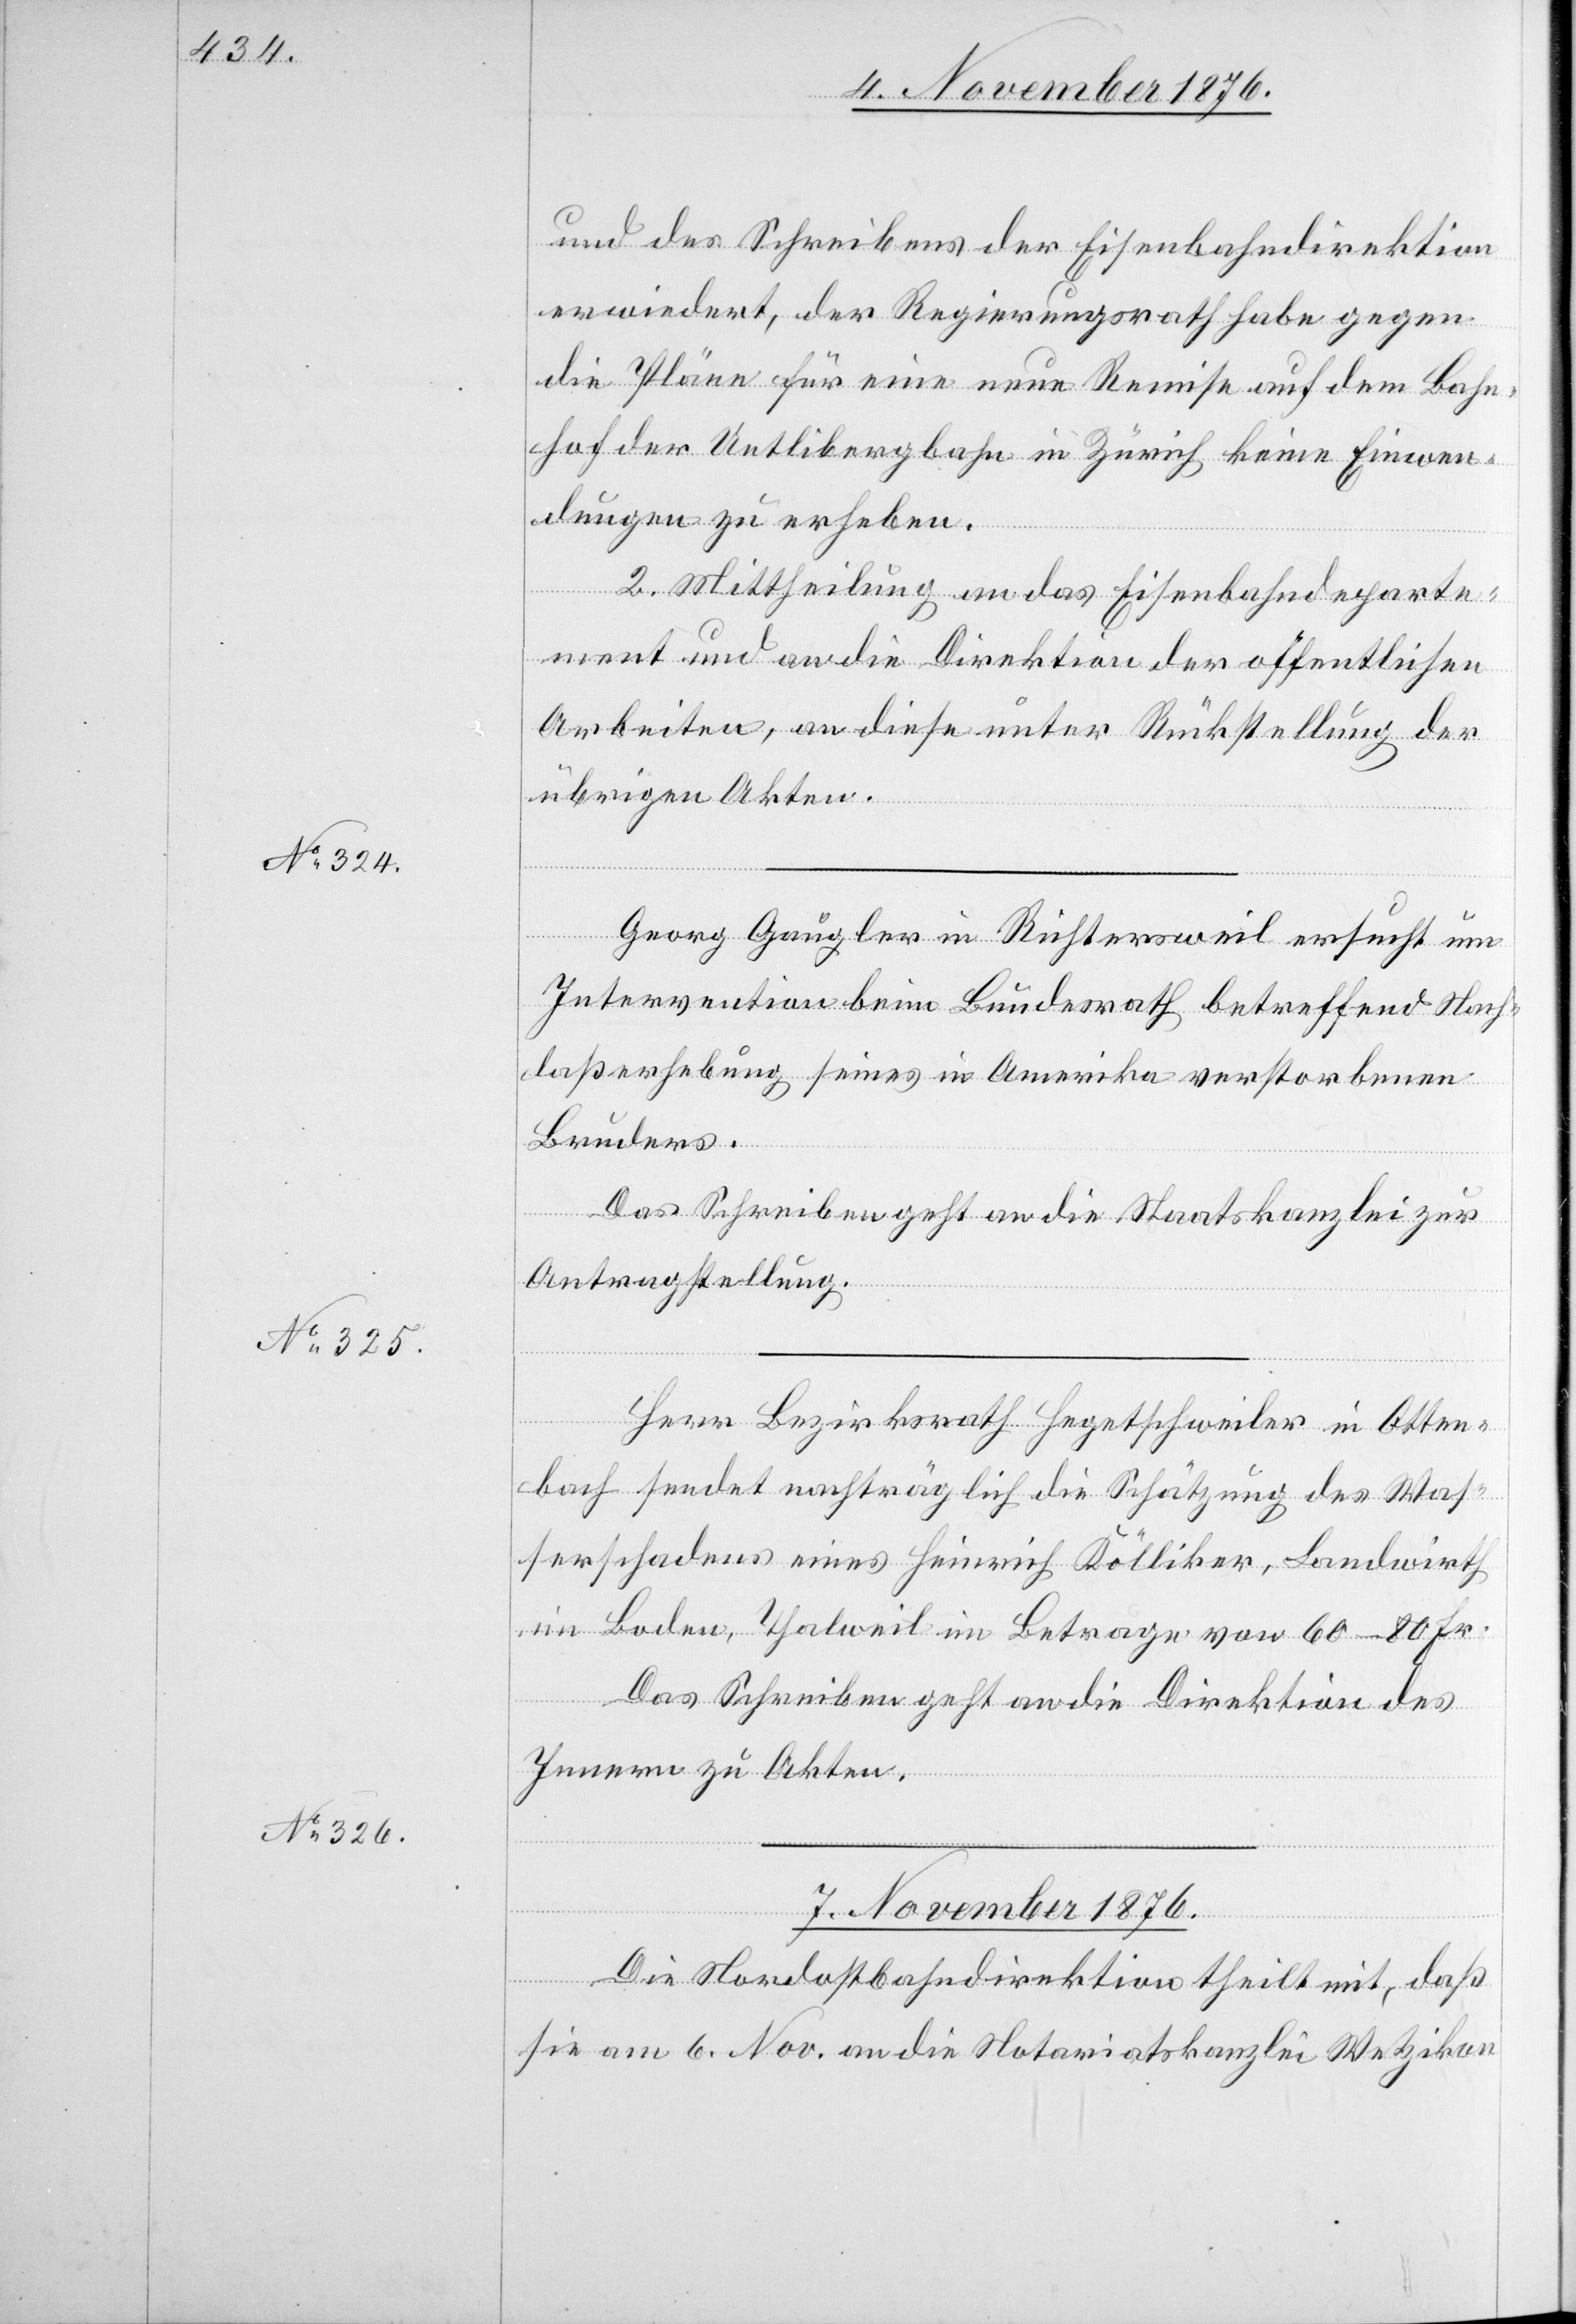
6. November 1876.]
und des Schreibens der Eisenbahndirektion
erwiedert, der Regierungsrath habe gegen
die Pläne für eine neue Remise auf dem Bahn¬
hof der Uetlibergbahn in Zürich keine Einwen¬
dungen zu erheben.
2. Mittheilung an das Eisenbahndeparte¬
ment und an die Direktion der öffentlichen
Arbeiten, an diese unter Rückstellung der
übrigen Akten.
Georg Gaugler in Richtersweil ersucht um
Intervention beim Bundesrath betreffend Nach¬
laßerhebung seines in Amerika verstorbenen
Bruders.
Das Schreiben geht an die Staatskanzlei zur
Antragstellung.
Herr Bezirksrath Hegetschweiler in Otten¬
bach sendet nachträglich die Schätzung des Was¬
serschadens eines Heinrich Kölliker, Landwirth
im Boden, Thalweil im Betrage von 60–80 Fr.
Das Schreiben geht an die Direktion des
Innern zu den Akten.
7. November 1876.
Die Nordostbahndirektion theilt mit, daß
sie am 6. Nov. an die Notariatskanzlei Wetzikon